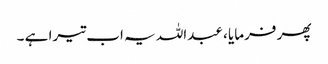
پھر فرمایا ، عبداللہ یہ اب تیرا ہے ۔